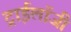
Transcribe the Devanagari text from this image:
ट्राईलॉजी